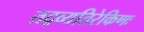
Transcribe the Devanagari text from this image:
तद्व्यतिरेकिणः